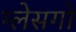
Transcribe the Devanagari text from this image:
ग्लेसगो